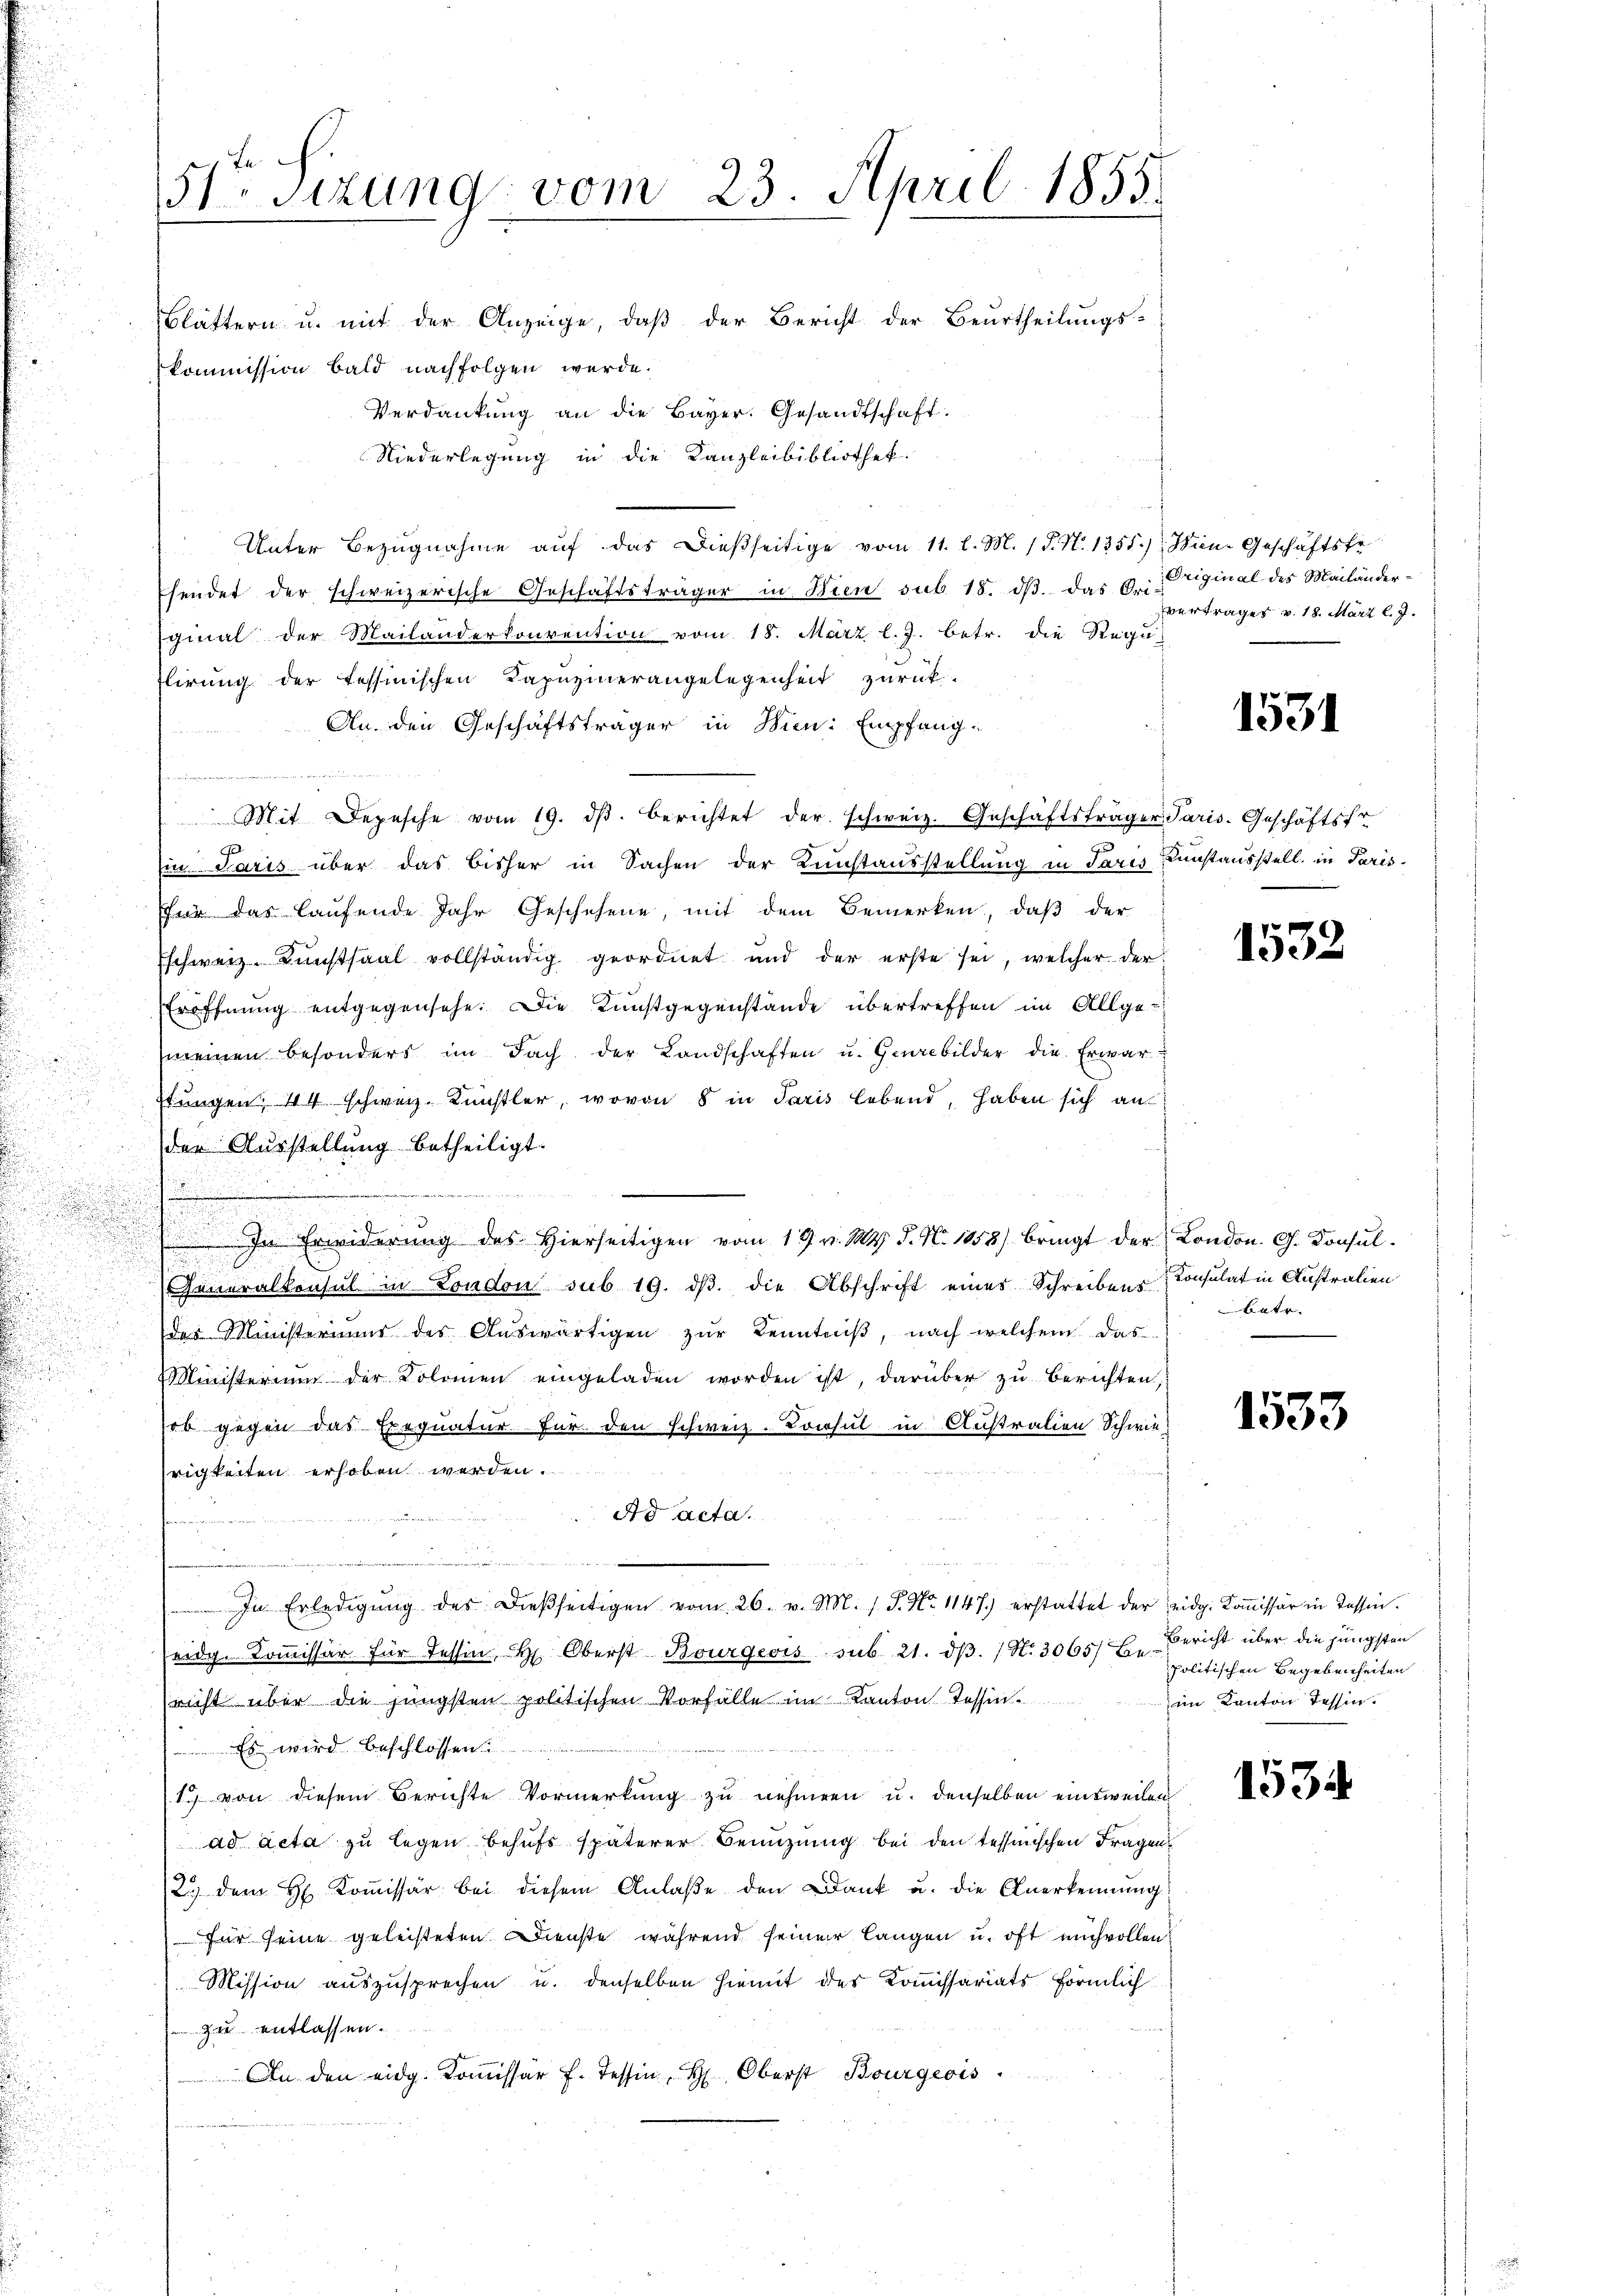
Blättern u. mit der Anzeige, daß der Bericht der Beurtheilungs-
kommission bald nachfolgen werde.
Verdankŭng an die Bayer. Gesandtschaft.
Niederlegung in die Kanzleibibliothek.
Unter Bezŭgnahme aŭf das dießseitige vom 11. l. M. (T. N. 1355.) Wien. Geschäftsfe
sendet der schweizerische Geschäftsträger in Wien sub 18. dβ das Diriginal des Mailänderginal der Mailanderkonvention vom 18. März l.J. betr. die Regu
flirung der tessinischen Kapuzinerangelegenheit zurück-
An den Geschäftsträger in Wien: Empfang-

Mit Depesche vom 19. dβ. berichtet der schweiz. Geschäftsträger Paris. Geschäftsfr
Ein Paris über das bisher in Sachen der Kunstausstellung in Paris Kunstausstell, in Paris
für das laufende Jahr Geschehene, mit dem Bemerken, daß der
Eschweiz. Kunstsaal vollständig geordnet und der erste sei, welcher der
Eröffnung entgegensehe. Die Kunstgegenstände übertreffen im Allge-
meinen besonders im Fach der Landschaften u. Gebilder die Erwarstungen 44 schweiz. Künstler, wovon 8 in Paris lebend, haben sich an
der Ausstellung betheiligt.
.
In Erwiderung des Hierseitigen vom 19. v. Mts. S. Nr. 1858) bringt der
Generalkonsul in London sub 19. dβ. die Abschrift eines Schreibens-Consulat in Anstralien
des Ministeriums des Auswärtigen zur Kenntniß, nach welchem das
Ministerium der Kolomen eingeladen worden ist, darüber zu berichten,
ed gegen das Exequatur für den schweiz. Konsul in Anstralien Schwierigkeiten erhoben werden.
Ad acta.
arrierteien
n
In Erledigŭng des dießseitigen vom 26. v. M. s. S. Nr. 1147) erstattet der eidg. Koṁissär in Tassen.
.
seidg. Kommissär für Tessin, Hr. Oberst Bourgeois sub 21. dβ. N. 3065) Be-
nicht über die jüngsten politischen Vorfälle im Kanton Tessin
 Es wird beschlossen:
1 von diesem Berichte Vormerkung zu nehmen u. denselben eintweilen
ad acta zu legen behufs späterer Benuzung bei den tessinischen Fragen¬
2.) dem H. Koṁissär bei diesem Anlaβe den Dank u. die Anerkennung
für seine geleisteten Dienste während seiner langen u. oft mich vollen
Mission auszusprechen u. denselben hiemit des Kommissariatsförmlich
 zu entlassen.
An den eidg. Koṁissär f. Tessin, H. Oberst Bourgeois

51 sizung vom 23. April 1855.

vertrages v. 18. März l. J.

1531

1532

London. G. Konsul
batr.
.

1533

Bericht über die jüngsten
politischen Begebenheiten
im Kanton Tessin.

1535